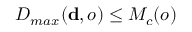
D _ { m a x } ( \mathbf { d } , o ) \leq M _ { c } ( o )